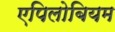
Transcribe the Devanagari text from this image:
एपिलोबियम